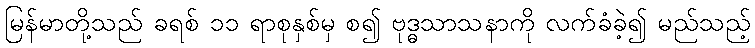
မြန်မာတို့သည် ခရစ် ၁၁ ရာစုနှစ်မှ စ၍ ဗုဒ္ဓသာသနာကို လက်ခံခဲ့၍ မည်သည့်